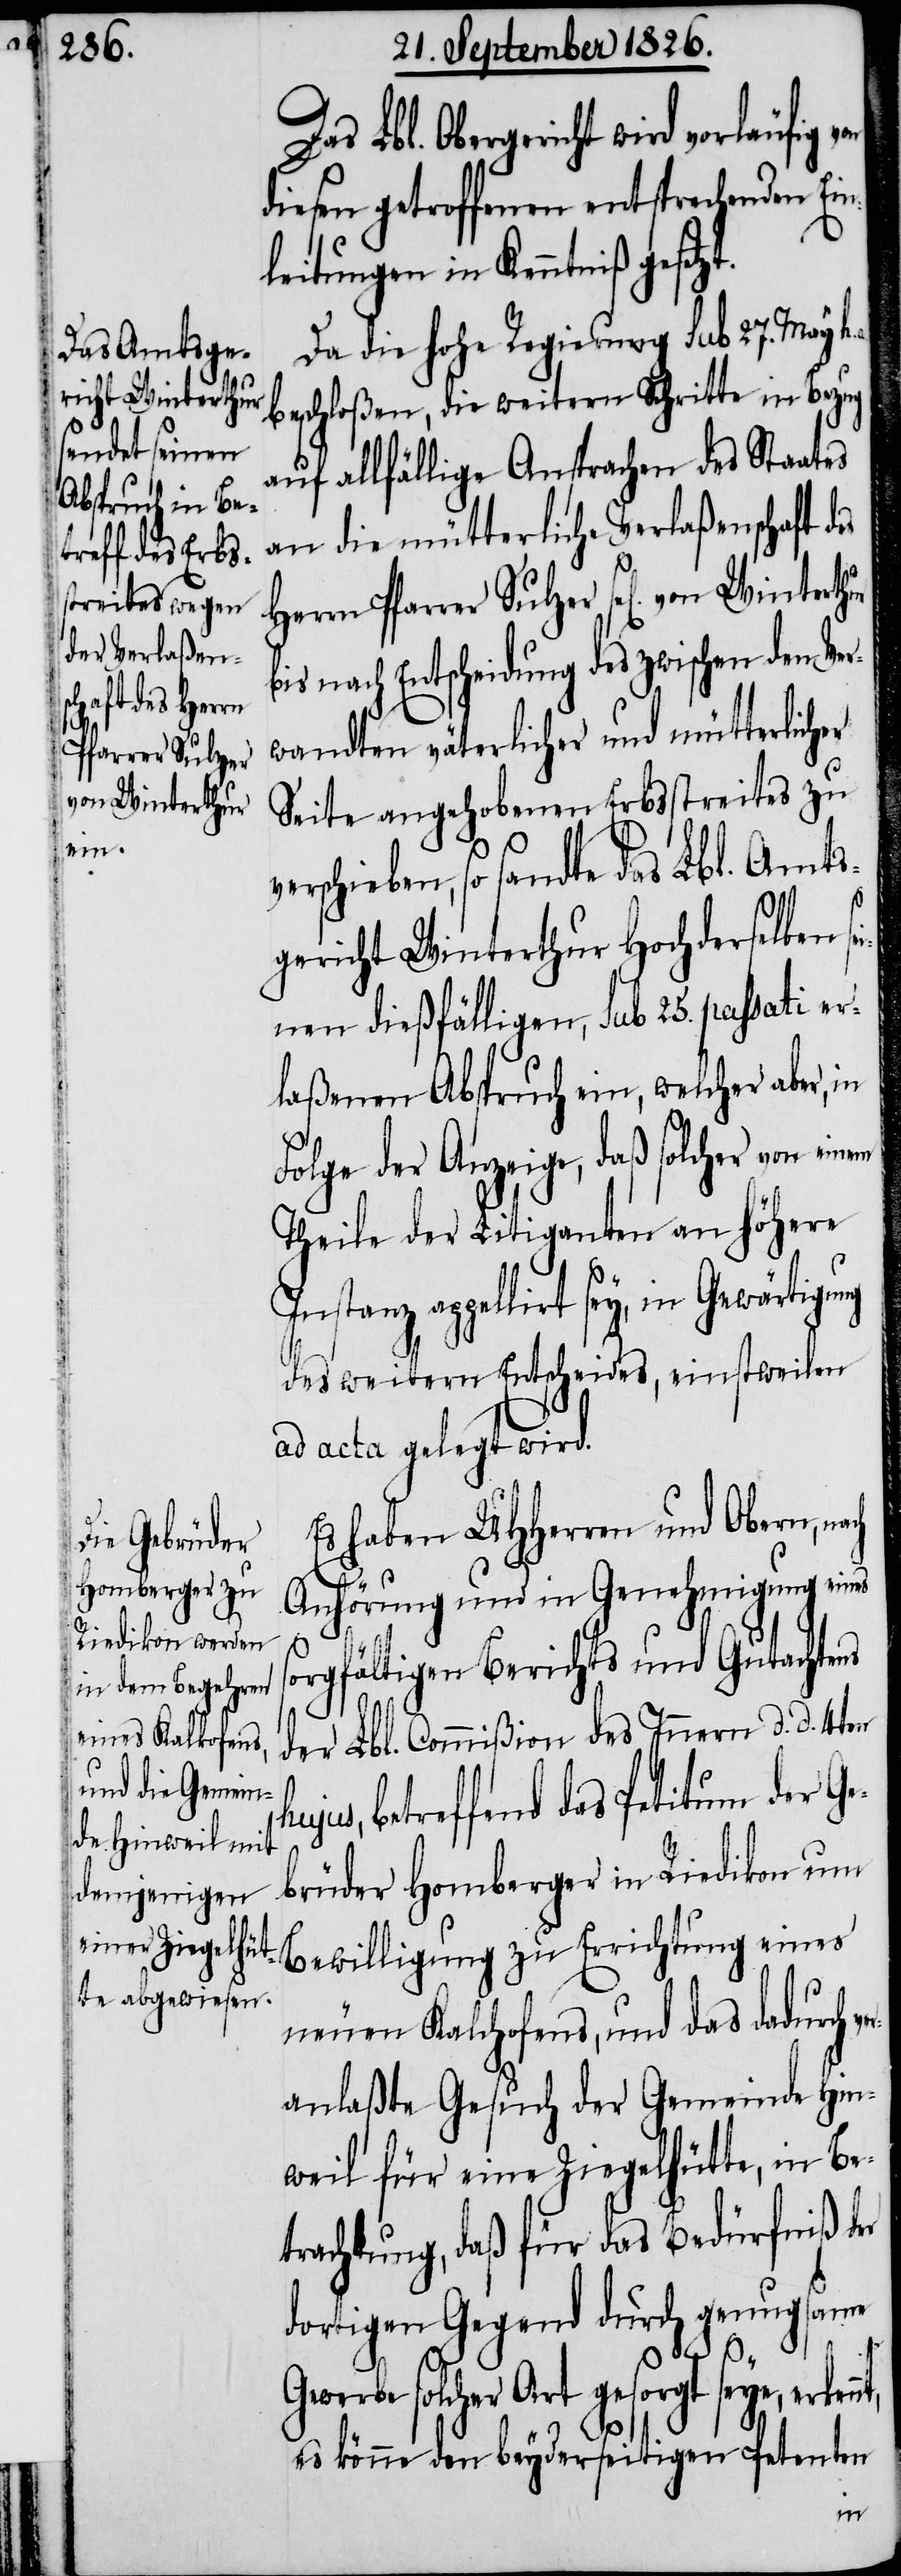
Pfarrer Sulzer
von Winterthur
sein¬

Das Lbl. Obergericht wird vorläufig v¬
diesen getroffenen entsprechenden Ein¬
leitungen in Kenntniß gesetzt.
Da die hohe Regierung sub 27. May h.
beschloßen, die weitern Schritte in Bezug
auf allfällige Ansprachen des Staates
an die mütterliche Verlaßenschaft des
bis nach Entscheidung des zwischen den Ve¬
rwandten väterlicher und mütterlicher
Seite angehobenen Erbsstreits zu
gericht Winterthur Hochderselben
en dießfälligen, sub 25. passati er¬
laßenen Abspruch ein, welcher aber, in
Folge der Anzeige, daß solcher von ei¬
Theile der Litiganten an höhere
anz appellirt sey, in Gewärtigu¬
des weitern Entscheides, einstweilen
ad acta gelegt wird.
Es haben MHHerren und Obern,
Anhörung und in Genehmigung eines
sorgfältigen Berichts und Gutachtens
der Lbl. Commißion des Innern d. d. 4ten
jus, betreffend das Petitum der Ge¬
brüder Homberger in Riedikon um
Bewilligung zu Errichtung eines
neuen Kalchofens, und das dadurch ve¬
ranlaßte Gesuch der Gemeinde Hin¬
weil für eine Ziegelhütte, in Be¬
trachtung, daß für das Bedürfniß der
dortigen Gegend durch genugsame
Art gesorgt seye, erkennt,
es könne den beyderseitigen Petenten
hu¬